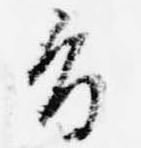
旨